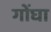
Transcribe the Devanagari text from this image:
गोंघा